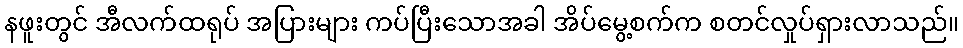
နဖူးတွင် အီလက်ထရုပ် အပြားများ ကပ်ပြီးသောအခါ အိပ်မွေ့စက်က စတင်လှုပ်ရှားလာသည်။